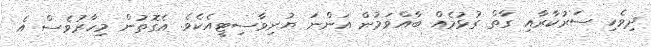
ދިވެހި ސަރުކާރާއި ގާތް ގުޅުމެއް ބާއްވަމުން އަންނަ ޔުނިވާސިޓީއެކެވެ. އެގޮތުން މިހާރުވެސް އެ